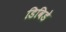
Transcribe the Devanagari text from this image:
डिविडे